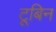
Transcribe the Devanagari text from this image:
टूबिन